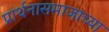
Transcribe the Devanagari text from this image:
प्रार्थनासमाजाच्या